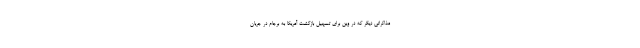
مذاکراتی دیگر که در وین برای تسهیل بازگشت آمریکا به برجام در جریان